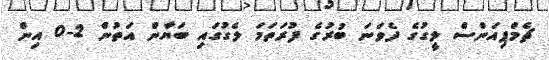
ޗެމްޕިއަންސް ލީގުގެ ދެވަނަ ބުރުގެ ފުރަތަމަ ލެގުގައި ބަޔާން އަތުން 2-0 އިން